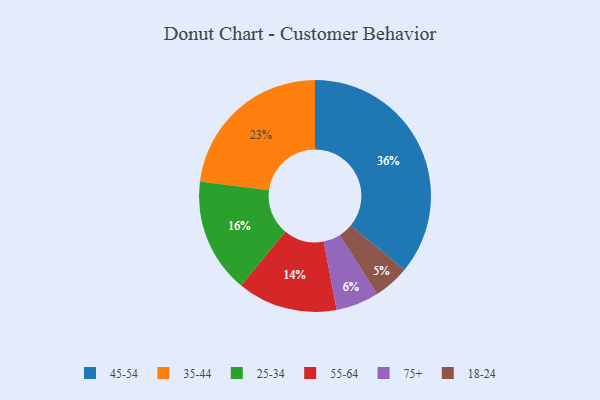
{"axis": {"x": "Category", "y": "Percentage"}, "legend": ["18-24", "25-34", "35-44", "45-54", "55-64", "75+"], "data": [{"x": "55-64", "y": 14, "type": "55-64"}, {"x": "45-54", "y": 36, "type": "45-54"}, {"x": "35-44", "y": 23, "type": "35-44"}, {"x": "25-34", "y": 16, "type": "25-34"}, {"x": "75+", "y": 6, "type": "75+"}, {"x": "18-24", "y": 5, "type": "18-24"}]}